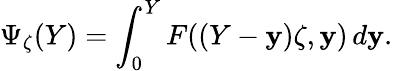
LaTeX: \Psi_{\zeta}(Y)=\int_{0}^{Y}F((Y-\mathbf{y})\zeta,\mathbf{y})\, d\mathbf{y}.